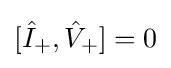
[{\hat {I}}_{+},{\hat {V}}_{+}]=0